Annual report of the Bengal Veterinary College and of the Civil Veterinary Department, Bengal, for the year 1915-16 - 1915-1916
Year: 1915
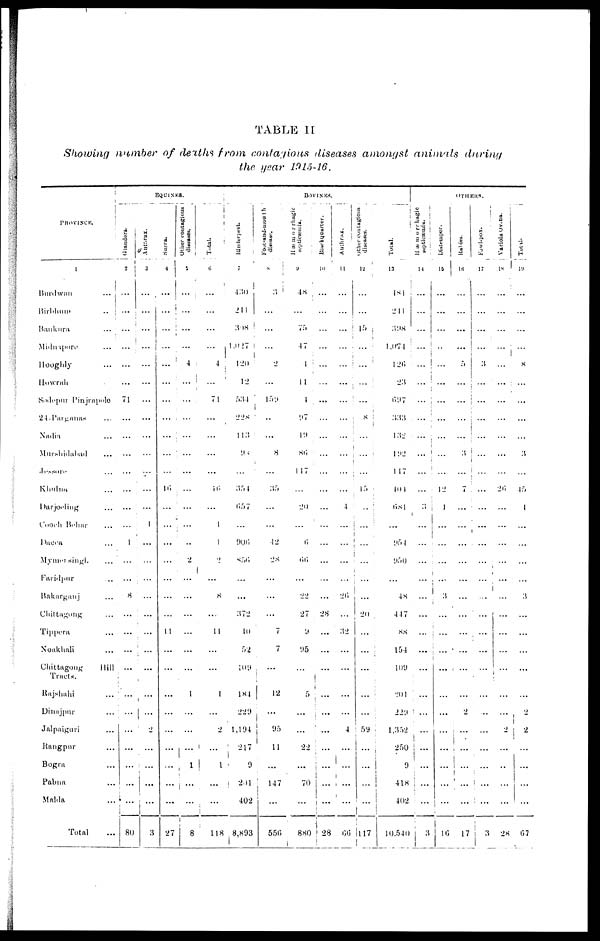
TABLE II
Showing number of deaths from contagious diseases amongst animals
during
the gear 1915-16.
PROVINCE.
1
Burdwan
...
Birbhum
...
Baukura
...
Midnapore
...
Hooghly
...
Howrah
...
Sodepur Pinjrapole
24-Parganas
...
Nadia
...
Murshidabad
...
Jessore
...
Khulm
...
Darjeeling
...
Cooch Behar
...
Dacca
...
Mymensingl.
...
Faridpur
...
Bakarganj
...
Clittagong
...
Tippera
...
Noakhali
...
Chittagong
Hill
Tracts.
Rajshahi
...
Dinajpur
...
Jalpaiguri
...
Rangpur
...
Bogra
...
Pabua
...
Malda
...
Total
...
EQUINES.
Glanders.
2
...
...
...
...
...
...
71
...
...
...
...
...
...
...
1
...
...
8
...
...
...
...
...
...
...
...
...
......
...
80
Autarax.
3
...
...
...
...
...
...
...
...
...
...
...
...
...
1
...
...
...
...
...
...
...
...
...
...
2
...
...
...
...
3
Surra.
4
...
...
...
...
...
...
...
...
...
...
...
16
...
...
...
...
...
...
...
11
...
...
...
...
...
...
...
...
...
27
Other contagious
5
...
...
...
...
4
...
...
...
...
...
...
...
...
...
...
2
...
...
...
...
...
...
1
...
...
...
1
...
...
8
Total.
6
...
...
...
...
4
...
71
...
...
...
...
16
...
1
1
2
...
8
...
11
...
...
1
...
2
...
1
...
...
118
BOVINES.
Rinderpest.
7
430
211
398
1,927
120
12
534
228
113
98
...
354
657
...
906
856
...
...
372
40
52
109
184
229
1,194
217
9
201
402
8,893
Foot-and-mouth
8
3
...
...
...
2
...
159
...
...
8
...
...
...
...
42
28
...
...
...
7
7
...
12
...
95
11
...
147
...
556
Hæmorrhagic
septicæmia.
9
48
...
75
47
1
1 1
4
97
19
86
1 17
...
20
...
6
66
...
22
27
9
95
...
5
...
...
22
...
70
...
880
Blackquarter.
10
...
...
...
...
...
...
...
...
...
...
...
...
...
...
...
...
...
...
28
...
...
...
...
...
...
...
...
...
...
28
Anthrax.
11
...
...
...
...
...
...
...
...
...
...
...
...
4
...
...
...
...
26
...
32
...
...
...
...
4
...
...
...
...
66
Other contagious
12
...
...
15
...
...
...
...
8
...
...
...
15
...
...
...
...
...
...
20
...
...
...
...
...
59
...
...
...
...
117
Total.
13
481
211
398
1,071
126
23
097
333
132
1 92
1 17
101
681
...
951
950
...
48
447
88
154
109
201
229
1,352
250
9
418
402
10,540
OTHERS.
Hæmorrhagic
supticæmia.
14
...
...
...
...
...
...
...
...
...
...
...
...
3
...
...
...
...
...
...
...
...
...
...
...
...
...
...
...
...
3
Distemper.
15
...
...
...
...
...
...
...
...
...
...
...
12
1
...
...
...
...
3
...
...
...
...
...
...
...
...
...
...
...
16
Rabies.
16
...
...
...
...
5
...
...
...
...
3
...
7
...
...
...
...
...
...
...
...
...
...
...
2
...
...
...
...
...
17
Fowl-pox.
17
...
...
...
...
3
...
...
...
...
...
...
...
...
...
...
...
...
...
...
...
...
...
...
...
...
...
...
....
...
3
Variola Ovina.
18
...
...
...
...
...
...
...
...
...
...
...
26
...
...
...
...
...
...
...
...
...
...
...
...
2
...
...
...
...
28
Total.
19
...
...
...
...
8
...
...
...
...
3
...
45
1
...
...
...
...
3
...
...
...
...
...
2
2
...
...
...
...
67